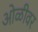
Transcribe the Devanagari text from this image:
ओळीवर